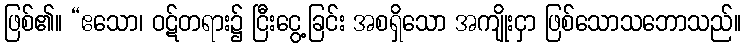
ဖြစ်၏။ “ဧသော၊ ဝဋ်တရား၌ ငြီးငွေ့ခြင်း အစရှိသော အကျိုးငှာ ဖြစ်သောသဘောသည်။